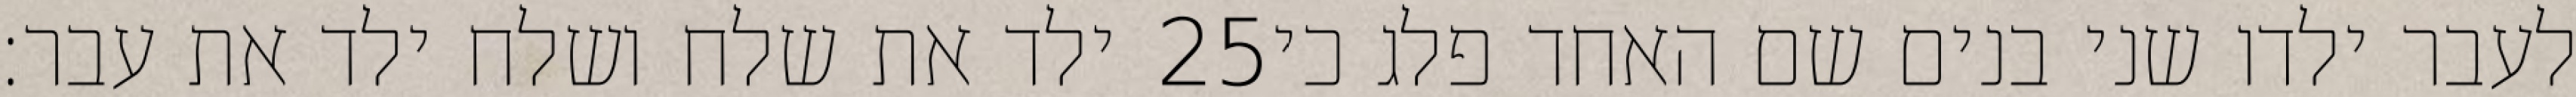
ילד את שלח ושלח ילד את עבר׃ ‎25‏ לעבר ילדו שני בנים שם האחד פלג כי